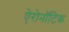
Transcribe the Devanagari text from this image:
ऐरोनॉटिक